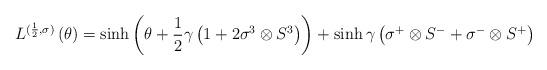
LaTeX: \begin{align*}L^{({1 \over 2},\sigma)}\left( \theta \right)=\sinh{\left( \theta+{1 \over 2}\gamma\left( 1+2 \sigma^3\otimes S^3 \right)\right)}+\sinh{\gamma}\left( \sigma^+\otimes S^- +\sigma^-\otimes S^+ \right)\end{align*}